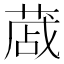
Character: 蒧